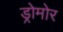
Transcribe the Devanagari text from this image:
ड्रोमोर